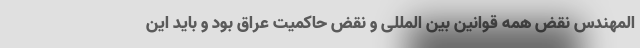
المهندس نقض همه قوانین بین المللی و نقض حاکمیت عراق بود و باید این